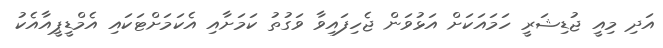
އަދި މިއީ ޖުޑިޝަރީ ހަމައަކަށް އަޅުވަން ޖެހިފައިވާ ވަގުތު ކަމަށާއި އެކަމަށްޓަކައި އެމްޑީޕީއާއެކު